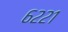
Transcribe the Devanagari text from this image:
६२२१